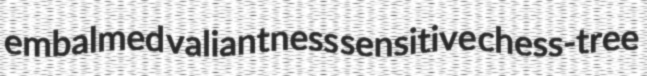
embalmed valiantness sensitive chess-tree